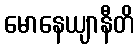
မောနေယျာနီတိ